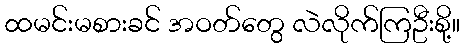
ထမင်းမစားခင် အဝတ်တွေ လဲလိုက်ကြဦးစို့။